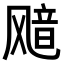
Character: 𫗊